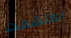
اكتشفت